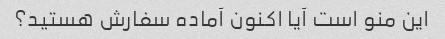
این منو است آیا اکنون آماده سفارش هستید؟